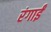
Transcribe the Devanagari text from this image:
रंगाईं